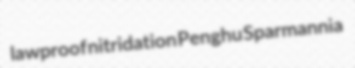
lawproof nitridation Penghu Sparmannia